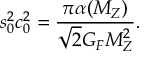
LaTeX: s _ { 0 } ^ { 2 } c _ { 0 } ^ { 2 } = \frac { \pi \alpha ( M _ { Z } ) } { \sqrt { 2 } G _ { F } M _ { Z } ^ { 2 } } .